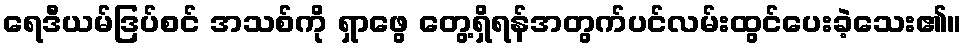
ရေဒီယမ်ဒြပ်စင် အသစ်ကို ရှာဖွေ တွေ့ရှိရန်အတွက်ပင်လမ်းထွင်ပေးခဲ့သေး၏။